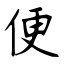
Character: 便